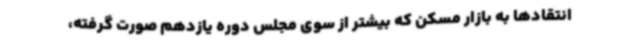
انتقادها به بازار مسکن که بیشتر از سوی مجلس دوره یازدهم صورت گرفته،